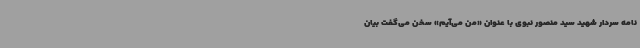
نامه سردار شهید سید منصور نبوی با عنوان «من می‌آیم» سخن می‌گفت بیان